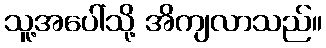
သူ့အပေါ်သို့ အိကျလာသည်။